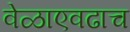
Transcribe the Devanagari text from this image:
वेळाएवढाच